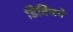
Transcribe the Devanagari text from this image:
डिविजनें